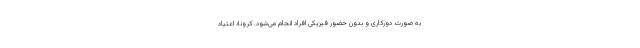
به صورت دورکاری و بدون حضور فیزیکی افراد انجام می‌شود. کرونا؛ اعتیاد